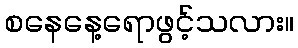
စနေနေ့ရောဖွင့်သလား။